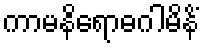
ကာမနိရောဓဂါမိနိံ